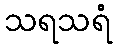
သရသရံ